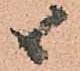
候